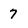
Character: 7